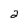
Character: 2